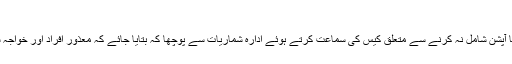
یہ بھی پڑھیں: ملک کے 63 اضلاع میں مردم شماری
سپریم کورٹ نے مردم شماری کے فارم میں معذور افراد کا آپشن شامل نہ کرنے سے متعلق کیس کی سماعت کرتے ہوئے ادارہ شماریات سے پوچھا کہ بتایا جائے کہ معذور افراد اور خواجہ سراؤں کو شمار کرنے کے لیے کیا اقدامات کیے گئے ہیں؟